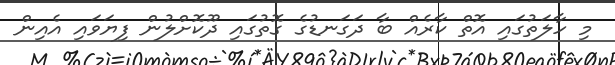
މި ހާލަތުގައި އޮތް ކާރެއް ބާ ދަގަނޑުގެ ގޮތުގައި ދޫކޮށްލުން ފިޔަވައި އެއިން